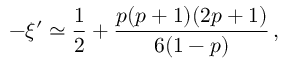
- \xi ^ { \prime } \simeq { \frac { 1 } { 2 } } + { \frac { p ( p + 1 ) ( 2 p + 1 ) } { 6 ( 1 - p ) } } \, ,